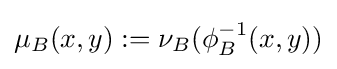
\mu _{B}(x,y):=\nu _{B}(\phi _{B}^{-1}(x,y))